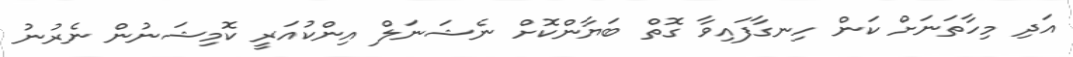
އަދި މިހާތަނަށް ކަން ހިނގާފައިވާ ގޮތް ބަޔާންކޮށް ނެޝަނަލް އިންކުއަރީ ކޮމިޝަނުން ނެރުނު